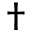
\dagger